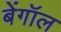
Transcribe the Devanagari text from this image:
बेंगॉल